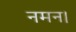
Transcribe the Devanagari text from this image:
नमन।